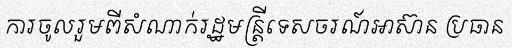
ការចូលរួមពីសំណាក់រដ្ឋមន្ត្រីទេសចរណ៍អាស៊ាន ប្រធាន